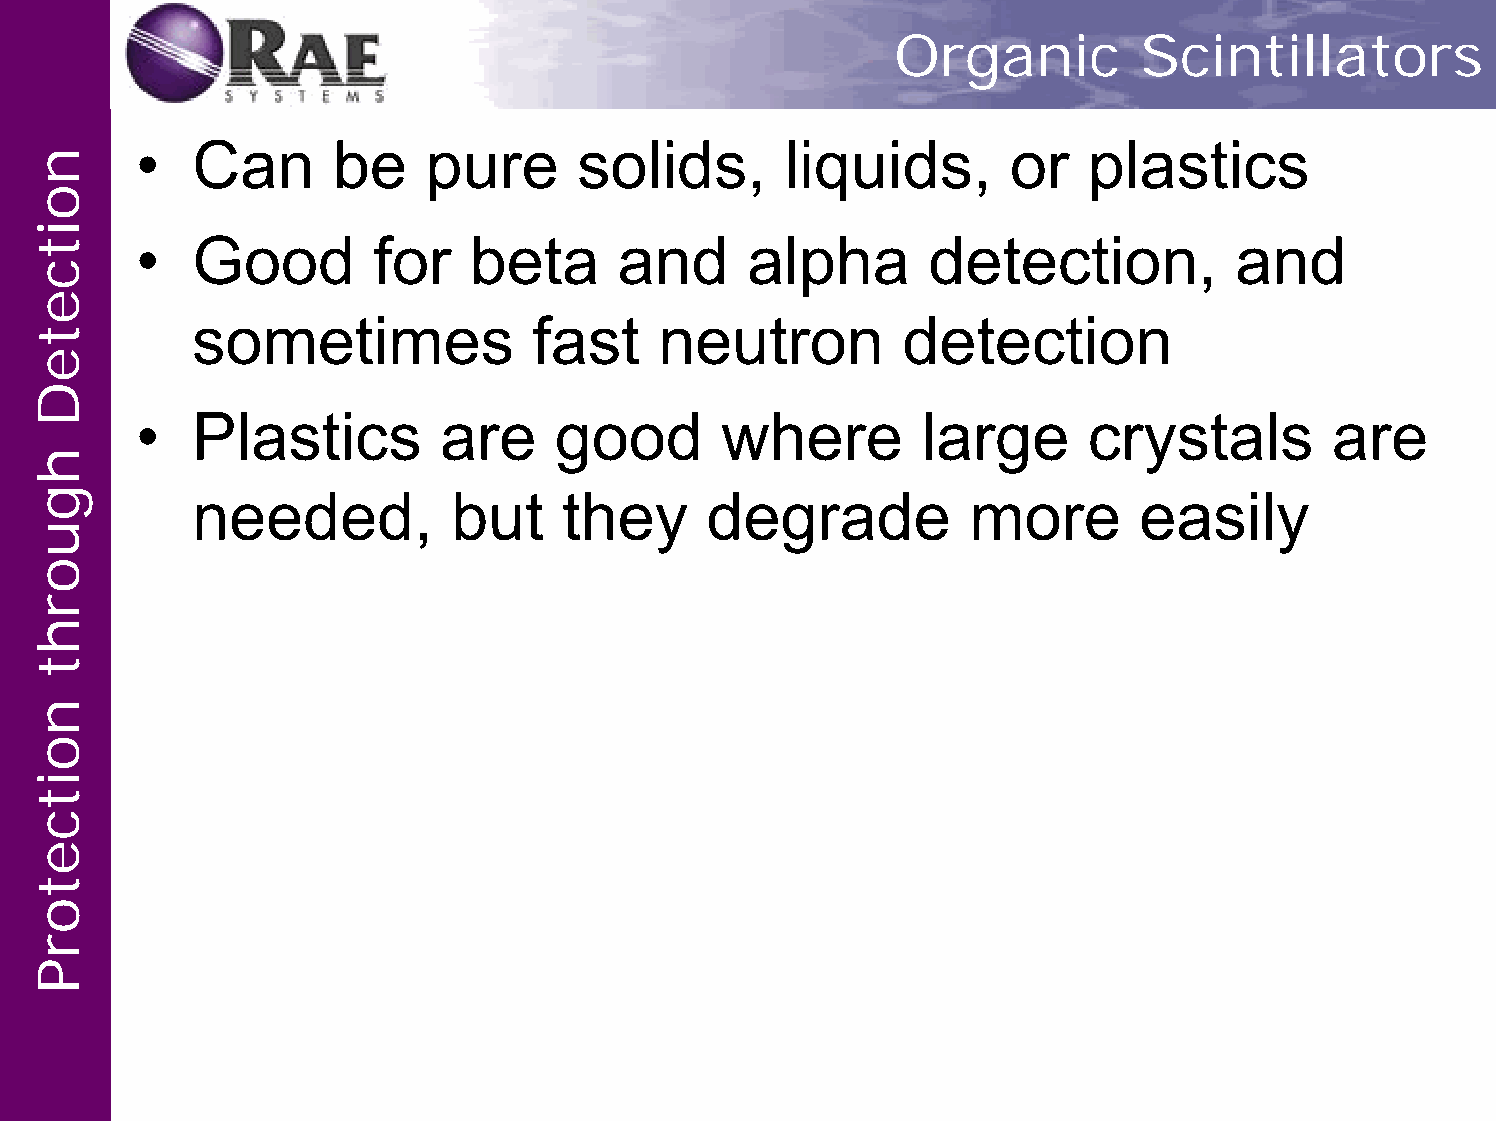
Organic          Scintillators
 •   Can      be    pure      solids,       liquids,       or   plastics
 •   Good        for   beta      and      alpha       detection,          and
 sometimes             fast     neutron         detection
 •   Plastics        are     good       where        large      crystals        are
 needed,          but    they      degrade          more        easily
 noitceteD
 hguorht
 noitcetorP